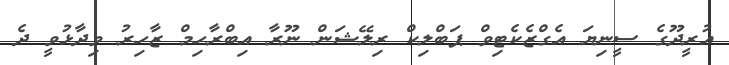
އުރީދޫގެ ސީނިޔަ އެގްޒެކެޓިވް ޕަބްލިކް ރިލޭޝަން ނޫރާ އިބްރާހިމް ޒާހިރު ވިދާޅުވީ ދެ